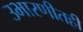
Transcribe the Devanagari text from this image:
उभारणीतही